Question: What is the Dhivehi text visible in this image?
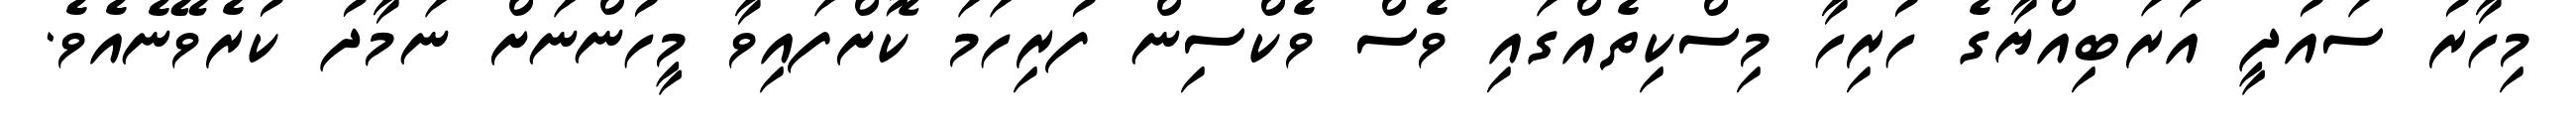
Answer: މިހާރު ސައުދީ އަރަބިއްޔާގެ ހުރިހާ މިސްކިތެއްގައި ވެސް ވެކްސިން ފުރިހަމަ ކޮށްފައިވާ މީހުންނަށް ނަމާދު ކުރެވޭނެއެވެ.